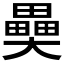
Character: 𤳦